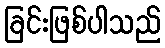
ခြင်းဖြစ်ပါသည်